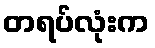
တရပ်လုံးက